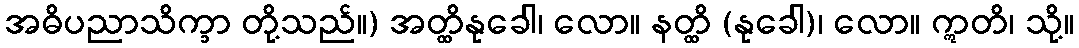
အဓိပညာသိက္ခာ တို့သည်။) အတ္ထိနုခေါ၊ လော။ နတ္ထိ (နုခေါ)၊ လော။ ဣတိ၊ သို့။